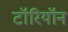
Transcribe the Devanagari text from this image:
टॉरियॉन